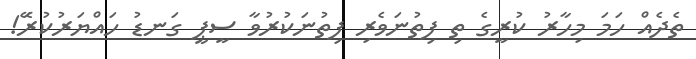
ތެދެއް ހަމަ މިހާރު ކުރީގެ ތި ފިތުނަވެރި ފިތުނަކުރުވާ ސީޕީ ގަނޑު ހައްޔަރުކުރަޭ!